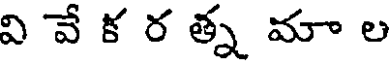
వి వే క ర త్న మా ల